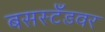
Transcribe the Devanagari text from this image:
बसस्टँडवर